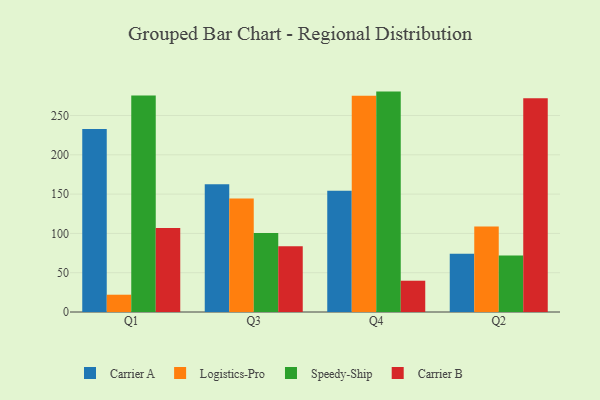
{"axis": {"x": "Quarter", "y": "Market Share (%)"}, "legend": ["Carrier A", "Carrier B", "Logistics-Pro", "Speedy-Ship"], "data": [{"x": "Q1", "y": 232.8, "type": "Carrier A"}, {"x": "Q1", "y": 22.0, "type": "Logistics-Pro"}, {"x": "Q1", "y": 275.3, "type": "Speedy-Ship"}, {"x": "Q1", "y": 106.8, "type": "Carrier B"}, {"x": "Q3", "y": 162.4, "type": "Carrier A"}, {"x": "Q3", "y": 144.5, "type": "Logistics-Pro"}, {"x": "Q3", "y": 100.6, "type": "Speedy-Ship"}, {"x": "Q3", "y": 83.8, "type": "Carrier B"}, {"x": "Q4", "y": 154.1, "type": "Carrier A"}, {"x": "Q4", "y": 275.1, "type": "Logistics-Pro"}, {"x": "Q4", "y": 280.4, "type": "Speedy-Ship"}, {"x": "Q4", "y": 39.8, "type": "Carrier B"}, {"x": "Q2", "y": 74.0, "type": "Carrier A"}, {"x": "Q2", "y": 108.9, "type": "Logistics-Pro"}, {"x": "Q2", "y": 71.8, "type": "Speedy-Ship"}, {"x": "Q2", "y": 272.0, "type": "Carrier B"}]}